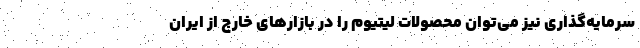
سرمایه‌گذاری نیز می‌توان محصولات لیتیوم را در بازارهای خارج از ایران